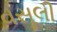
વસૂલી